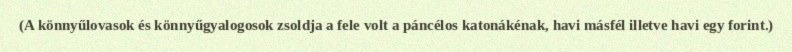
(A könnyűlovasok és könnyűgyalogosok zsoldja a fele volt a páncélos katonákénak, havi másfél illetve havi egy forint.)